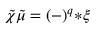
\tilde { \chi } \tilde { \mu } = ( - ) ^ { q } { * \xi }